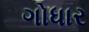
ગોધાર